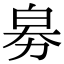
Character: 𤽘